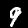
Label: 9